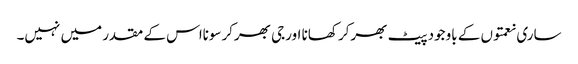
ساری نعمتوں کے باوجود پیٹ بھرکر کھانا اورجی بھرکرسونااس کے مقدر میں نہیں۔